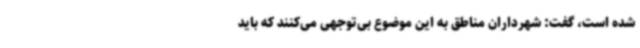
شده است، گفت: شهرداران مناطق به این موضوع بی‌توجهی می‌کنند که باید